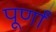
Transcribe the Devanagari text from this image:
पूर्णां